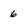
Character: 6